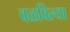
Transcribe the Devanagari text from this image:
वळविल्या